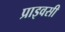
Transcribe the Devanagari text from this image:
प्राइवसी